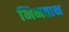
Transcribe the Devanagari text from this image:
भिनताक्ष